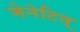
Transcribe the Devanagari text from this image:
जेनेटिव्